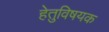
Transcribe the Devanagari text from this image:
हेतुविषयक